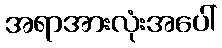
အရာအားလုံးအပေါ်